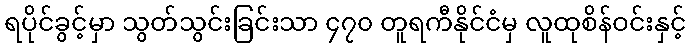
ရပိုင်ခွင့်မှာ သွတ်သွင်းခြင်းသာ ၄၇၀ တူရကီနိုင်ငံမှ လူထုစိန်ဝင်းနှင့်